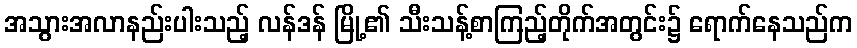
အသွားအလာနည်းပါးသည့် လန်ဒန် မြို့၏ သီးသန့်စာကြည့်တိုက်အတွင်း၌ ရောက်နေသည်က